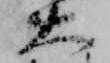
大